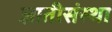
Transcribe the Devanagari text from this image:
ज्ञातीसंस्था